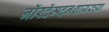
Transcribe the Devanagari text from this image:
नॉरदॅम्प्टनशायरच्या